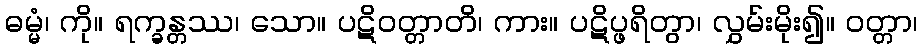
ဓမ္မံ၊ ကို။ ရက္ခန္တဿ၊ သော။ ပဋိဝတ္တာတိ၊ ကား။ ပဋိပ္ဖရိတွာ၊ လွှမ်းမိုး၍။ ဝတ္တာ၊